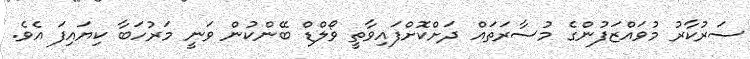
ސަރުކާރު މުވައްޒަފުންގެ މުސާރަތައް ދަށްކޮށްފައިވާތީ ވޯލްޑް ބޭންކުން ވަނީ މަރުހަބާ ކިޔައިފަ އެވެ.